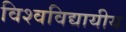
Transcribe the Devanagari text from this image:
विश्वविद्यायीय